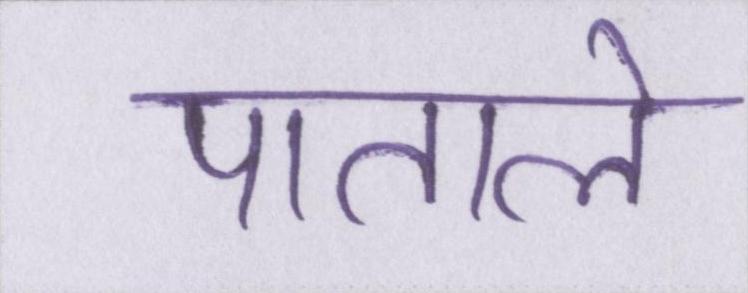
पाताले